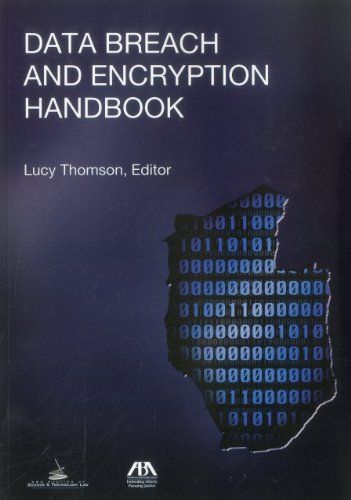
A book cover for Data Breach and Encryption Handbook; Computers & Technology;